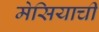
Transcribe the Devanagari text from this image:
मेसियाची